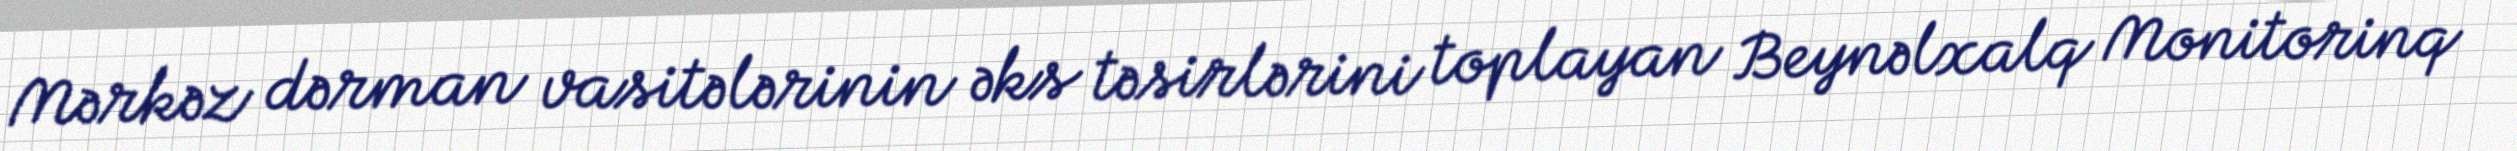
Mərkəz dərman vasitələrinin əks təsirlərini toplayan Beynəlxalq Monitorinq